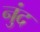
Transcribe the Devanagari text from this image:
नुंद